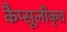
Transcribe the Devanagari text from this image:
कैप्सूलीकृत